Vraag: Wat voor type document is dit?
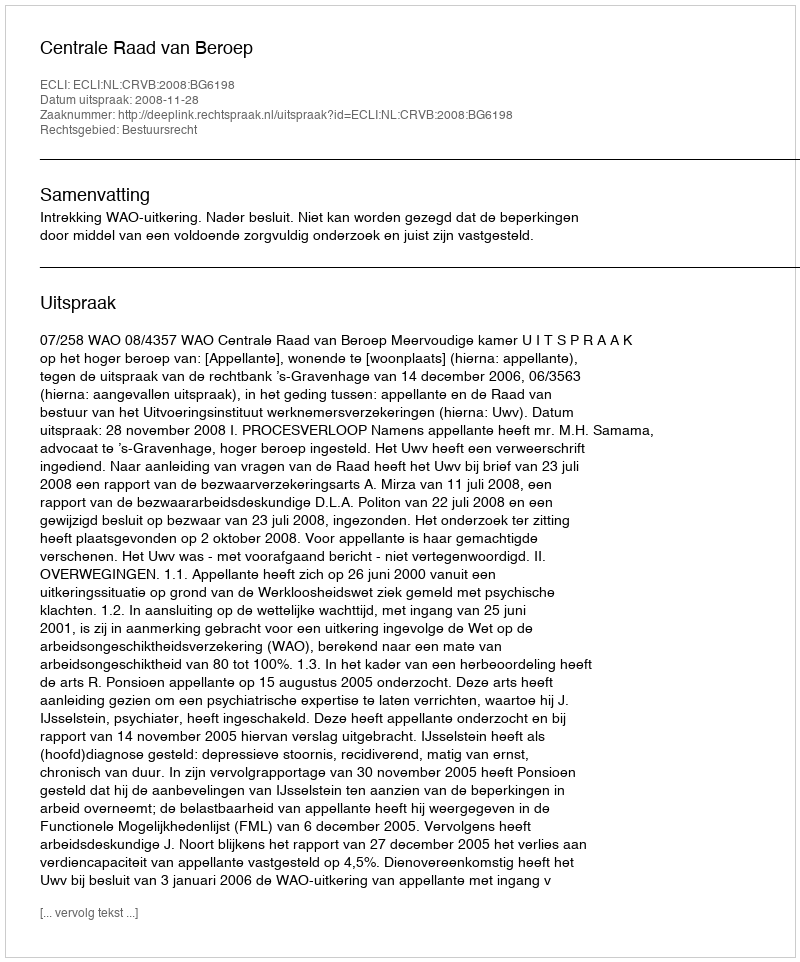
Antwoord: Uitspraak